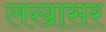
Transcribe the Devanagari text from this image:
लखासर